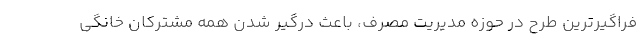
فراگیرترین طرح در حوزه مدیریت مصرف، باعث درگیر شدن همه مشترکان خانگی